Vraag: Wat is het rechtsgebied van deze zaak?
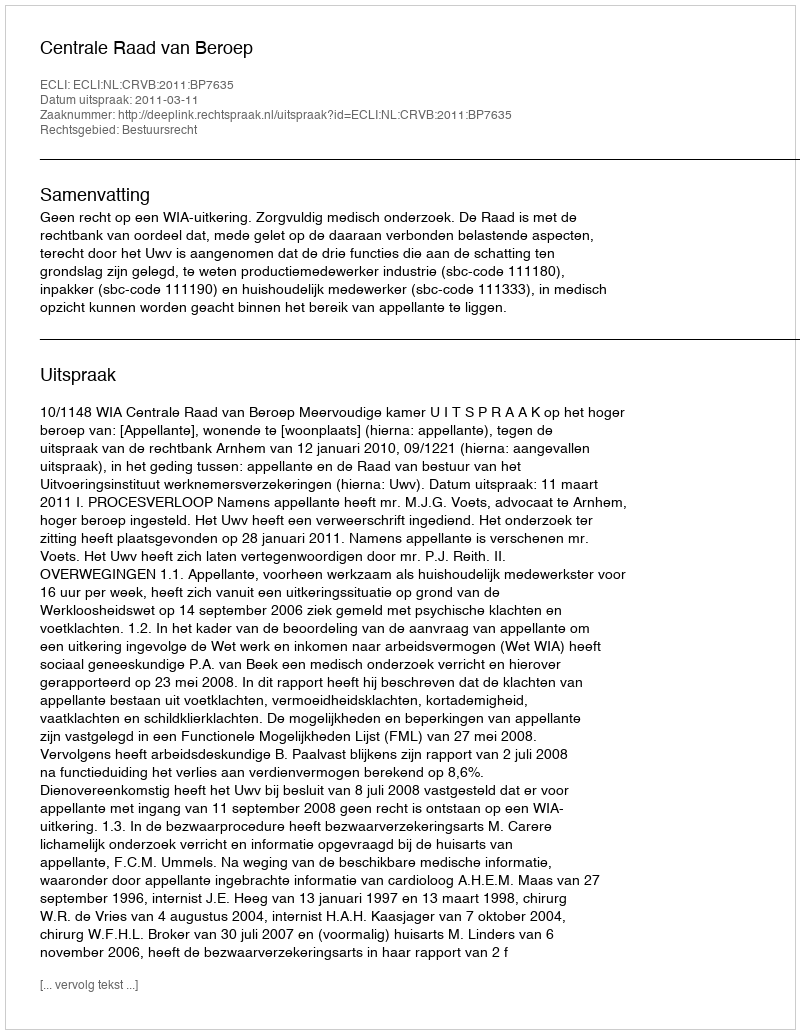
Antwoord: Bestuursrecht